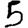
Digit: 5